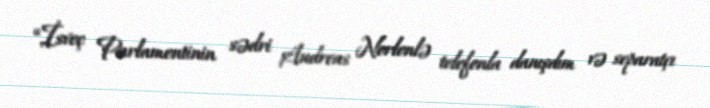
“İsveç Parlamentinin sədri Andreas Norlenlə telefonla danışdım və separatçı